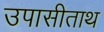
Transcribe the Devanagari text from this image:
उपासीताथ